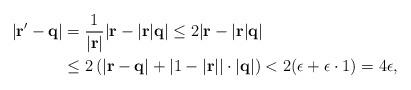
LaTeX: \begin{align*}|{\bf r'}-{\bf q}|&=\frac{1}{|{\bf r}|}|{\bf r}-|{\bf r}|{\bf q}|\leq 2|{\bf r}-|\bf{r}|{\bf q}| \\&\leq2\left(|{\bf r}-{\bf q}|+|1-|\bf {r}||\cdot|{\bf q}|\right)<2(\epsilon+\epsilon\cdot1)=4\epsilon,\end{align*}